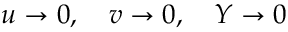
u \rightarrow 0 , \quad v \rightarrow 0 , \quad Y \rightarrow 0